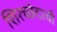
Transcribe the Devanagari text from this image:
शिरच्छेदाची